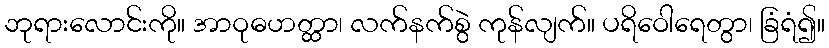
ဘုရားလောင်းကို။ အာဝုဓဟတ္ထာ၊ လက်နက်စွဲ ကုန်လျက်။ ပရိဝေါရေတွာ၊ ခြံရံ၍။